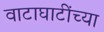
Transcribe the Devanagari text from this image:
वाटाघाटींच्या